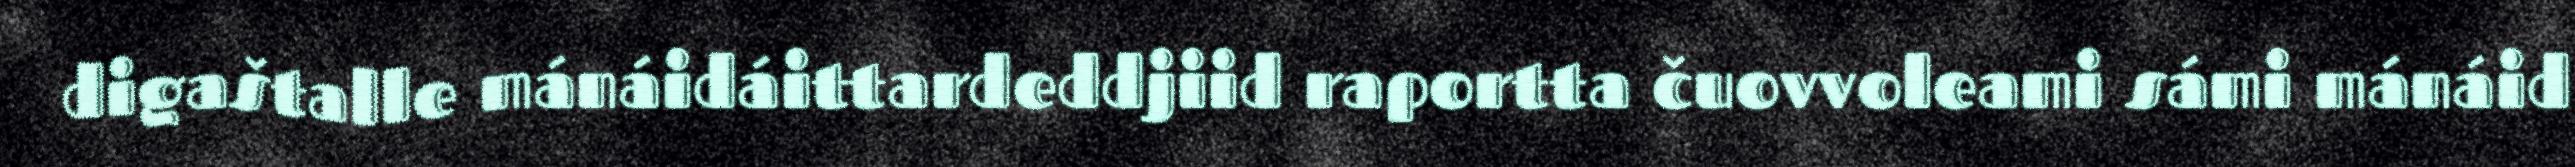
digaštalle mánáidáittardeddjiid raportta čuovvoleami sámi mánáid